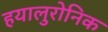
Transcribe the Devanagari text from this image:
हयालुरोनिक